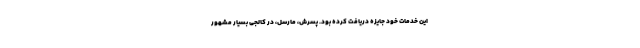
این خدمات خود جایزه دریافت کرده بود. پسرش، مارسل، در کالجی بسیار مشهور